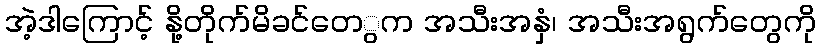
အဲ့ဒါကြောင့် နို့တိုက်မိခင်တေွက အသီးအနှံ၊ အသီးအရွက်တေွကို